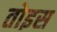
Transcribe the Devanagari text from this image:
तोइस